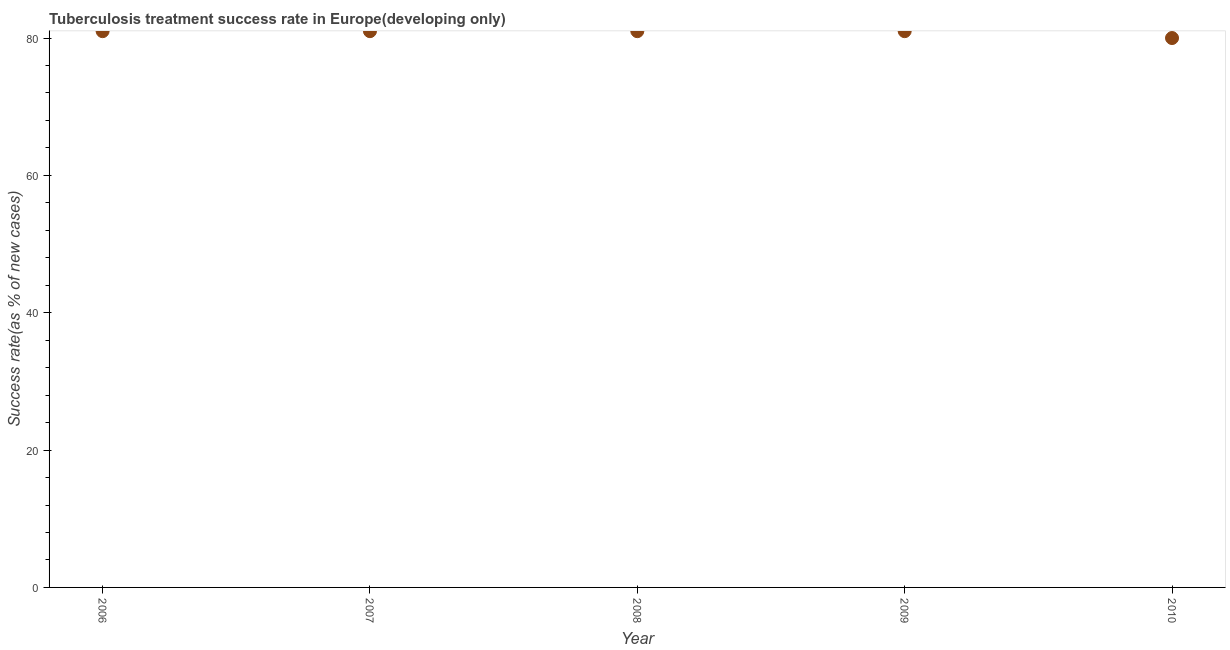
| Year | Tuberculosis treatment success rate |
 | --- | --- |
 | 2006 | 81 |
 | 2007 | 81 |
 | 2008 | 81 |
 | 2009 | 81 |
 | 2010 | 80 |